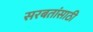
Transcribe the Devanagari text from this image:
सरबतांसाठी